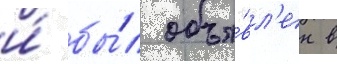
и́ бы́л объя́вл'ен в